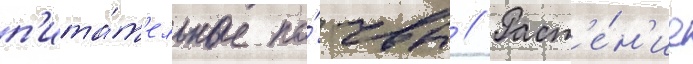
п'ита́т'ельные по́чвы // Раст'е́н'ие